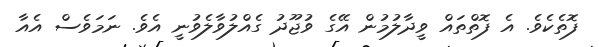
ފޮތެކެވެ. އެ ފޮތްތައް ވީދާލުމުން އޭގެ ވުޖޫދު ގެއްލުވާލެވުނީ އެވެ. ނަމަވެސް އެއާ